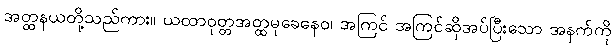
အတ္ထနယတို့သည်ကား။ ယထာဝုတ္တအတ္ထမုခေနေဝ၊ အကြင် အကြင်ဆိုအပ်ပြီးသော အနက်ကို